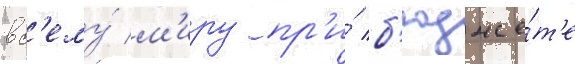
вс'ему́ м'иру пр'и́ б'юдже́т'е